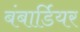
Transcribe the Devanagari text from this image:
बंबार्डियर